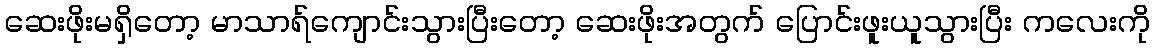
ဆေးဖိုးမရှိတော့ မာသာရ်ကျောင်းသွားပြီးတော့ ဆေးဖိုးအတွက် ပြောင်းဖူးယူသွားပြီး ကလေးကို